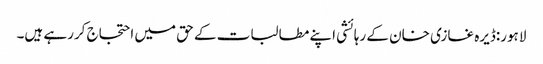
لاہور:ڈیرہ غازی خان کے رہائشی اپنے مطالبات کے حق میں احتجاج کررہے ہیں۔